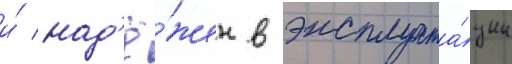
и́ над'ё́жен в эксплуата́ции